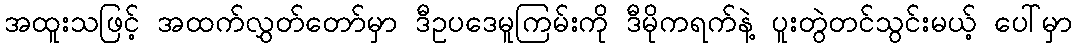
အထူးသဖြင့် အထက်လွှတ်တော်မှာ ဒီဥပဒေမူကြမ်းကို ဒီမိုကရက်နဲ့ ပူးတွဲတင်သွင်းမယ့် ပေါ်မှာ